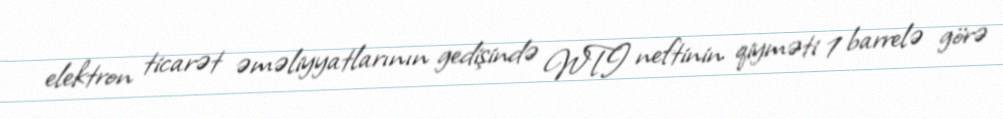
elektron ticarət əməliyyatlarının gedişində WTI neftinin qiyməti 1 barrelə görə